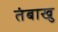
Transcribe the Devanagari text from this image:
तंबाखु